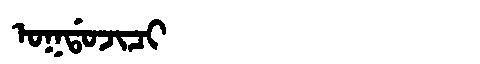
Manchu: ᠣᡴᡩᠣᠵᡳᠴᡳ
Romanization: OKDOJICI